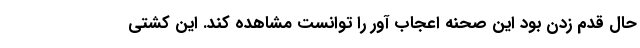
حال قدم زدن بود این صحنه اعجاب آور را توانست مشاهده کند. این کشتی